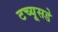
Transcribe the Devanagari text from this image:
टच्यूसडे